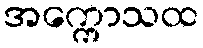
အက္ကောသထ